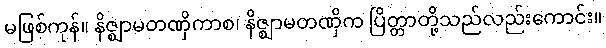
မဖြစ်ကုန်။ နိဇ္ဈာမတဏှိကာစ၊ နိဇ္ဈာမတဏှိက ပြိတ္တာတို့သည်လည်းကောင်း။